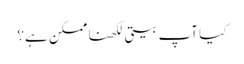
کیا آپ بیتی لکھنا ممکن ہے؟